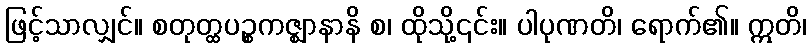
ဖြင့်သာလျှင်။ စတုတ္ထပဉ္စကဇ္ဈာနာနိ စ၊ ထိုသို့၎င်း။ ပါပုဏတိ၊ ရောက်၏။ ဣတိ၊